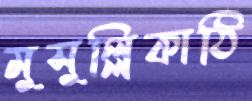
মুসুল্লিকাঠি